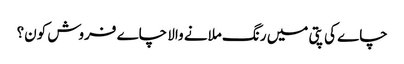
چاے کی پتی میں رنگ ملانے والا چاے فروش کون؟